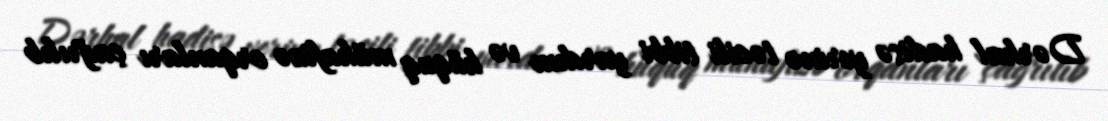
Dərhal hadisə yerinə təcili tibbi yardım və hüquq mühafizə orqanları çağrılıb